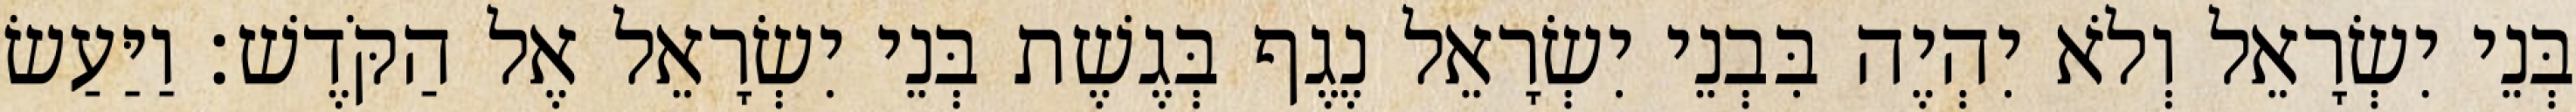
בְּנֵי יִשְׂרָאֵל וְלֹא יִהְיֶה בִּבְנֵי יִשְׂרָאֵל נֶגֶף בְּגֶשֶׁת בְּנֵי יִשְׂרָאֵל אֶל הַקֹּדֶשׁ׃ וַיַּעַשׂ